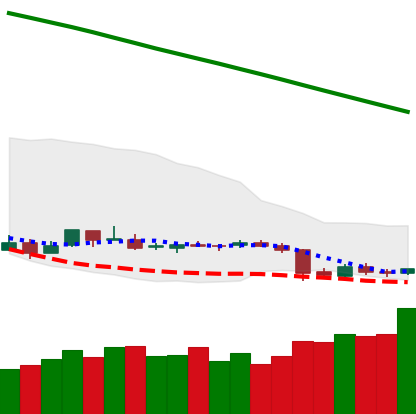
Ticker: ETC-USD
Chart end date: 2019-02-02
Forward return: -3.473%
Label: down_3_5